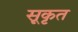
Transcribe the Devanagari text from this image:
सूकृत